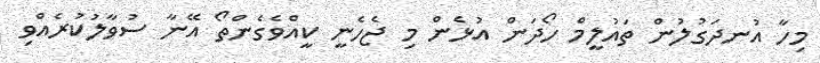
މިހާ އުނދަގުލުން ތައުލީމް ހޯދަން އުޅެން މި ޖެހެނީ ކީއްވެގެންތޯ އޭނާ ސުވާލުކުރެއްވި